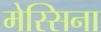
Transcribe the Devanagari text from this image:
मेस्सिना